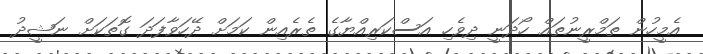
އެމީހުން ތަމްރީނުތައް ހޯދަނީ ދިވެހި އަސްކަރިއްޔާގެ ތެރެއިން ކަމަށް ދޭހަވާފަދަ ގޮތަކަށް ނަޝީދު